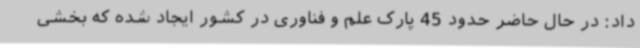
داد: در حال حاضر حدود 45 پارک علم و فناوری در کشور ایجاد شده که بخشی